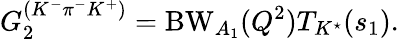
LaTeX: G_{2}^{(K^{-}\pi^{-}K^{+})}=\mathrm{BW}_{A_{1}}(Q^{2})T_{K^{\star}}(s_{1}).